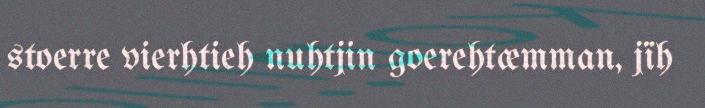
stoerre vierhtieh nuhtjin goerehtæmman, jïh